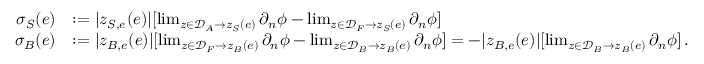
\begin{array} { r l } { \sigma _ { S } ( e ) } & { : = | z _ { S , e } ( e ) | [ \operatorname* { l i m } _ { z \in \mathcal { D } _ { A } \to z _ { S } ( e ) } \partial _ { n } \phi - \operatorname* { l i m } _ { z \in \mathcal { D } _ { F } \to z _ { S } ( e ) } \partial _ { n } \phi ] } \\ { \sigma _ { B } ( e ) } & { : = | z _ { B , e } ( e ) | [ \operatorname* { l i m } _ { z \in \mathcal { D } _ { F } \to z _ { B } ( e ) } \partial _ { n } \phi - \operatorname* { l i m } _ { z \in \mathcal { D } _ { B } \to z _ { B } ( e ) } \partial _ { n } \phi ] = - | z _ { B , e } ( e ) | [ \operatorname* { l i m } _ { z \in \mathcal { D } _ { B } \to z _ { B } ( e ) } \partial _ { n } \phi ] \, . } \end{array}